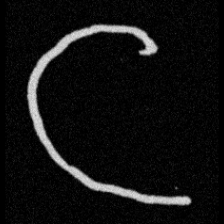
Pyu character \u2014 Myanmar letter: င (romanized: nga)